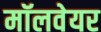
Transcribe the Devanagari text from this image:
मॉलवेयर